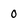
Character: 0